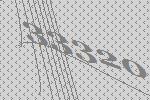
33320